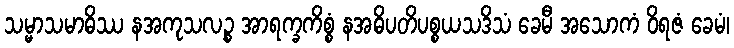
သမ္မာသမာဓိဿ နအကုသလဉ္စ အာရက္ခကိစ္စံ နအဓိပတိပစ္စယသဒိသံ ခေမီ အသောကံ ဝိရဇံ ခေမံ၊